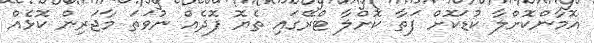
އޮމާންކޮށްލާ ކުޑަކޮށް ފަތާ ކޮށްލާ ޓްރޭގައި ތެޔޮ ފޮދެއް ނުވަތަ މާޖަރިން ކޮޅެއް